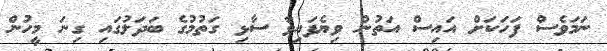
ނަމަވެސް ފަހަކަށް އައިސް އަތުން ވިޔެފައިވާ ސާޅި ގަތުމުގެ ބަދަލުގައި ގިނަ މީހުން